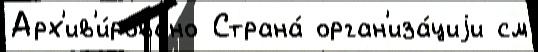
Арх'ив'и́ровано Страна́ орган'иза́циjи см